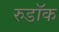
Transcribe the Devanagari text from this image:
रुडॉक